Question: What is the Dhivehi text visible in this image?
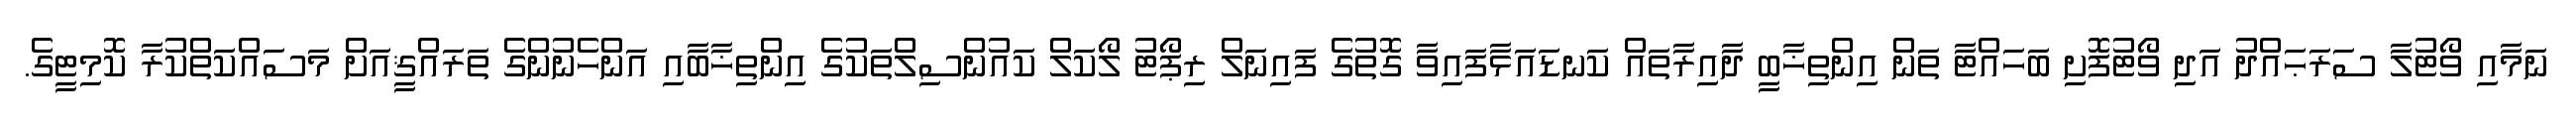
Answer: ނަމާއި ވޯޓުލާ ސަރަޙައްދު އަދި ވޯޓުފޮށި ބަހައްޓާ ތަން އިންތިޚާބީ ދާއިރާތައް ކަނޑައަޅާފައިވާ ގޮތުގެ ފައިނަލް ރިޕޯޓު ލޯކަލް ކައުންސިލްތަކުގެ އިންތިޚާބާއި އަންހެނުންގެ ތަރައްޤީއަށް މަސައްކަތްކުރާ ކޮމިޓީގެ.